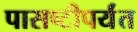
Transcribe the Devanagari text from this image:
पासष्टीपर्यंत